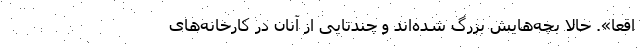
اقعا». حالا بچه‌هایش بزرگ شده‌اند و چندتایی از آنان در کارخانه‌های